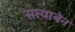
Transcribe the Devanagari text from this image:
सत्याबेन